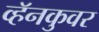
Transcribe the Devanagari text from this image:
व्हॅनकुवर